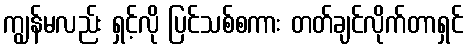
ကျွန်မလည်း ရှင့်လို ပြင်သစ်စကား တတ်ချင်လိုက်တာရှင်